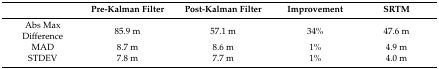
<table><thead><tr><td></td><td><b>Pre-Kalman Filter</b></td><td><b>Post-Kalman Filter</b></td><td><b>Improvement</b></td><td><b>SRTM</b></td></tr></thead><tbody><tr><td>Abs Max Difference</td><td>85.9 m</td><td>57.1 m</td><td>34%</td><td>47.6 m</td></tr><tr><td>MAD</td><td>8.7 m</td><td>8.6 m</td><td>1%</td><td>4.9 m</td></tr><tr><td>STDEV</td><td>7.8 m</td><td>7.7 m</td><td>1%</td><td>4.0 m</td></tr></tbody></table>